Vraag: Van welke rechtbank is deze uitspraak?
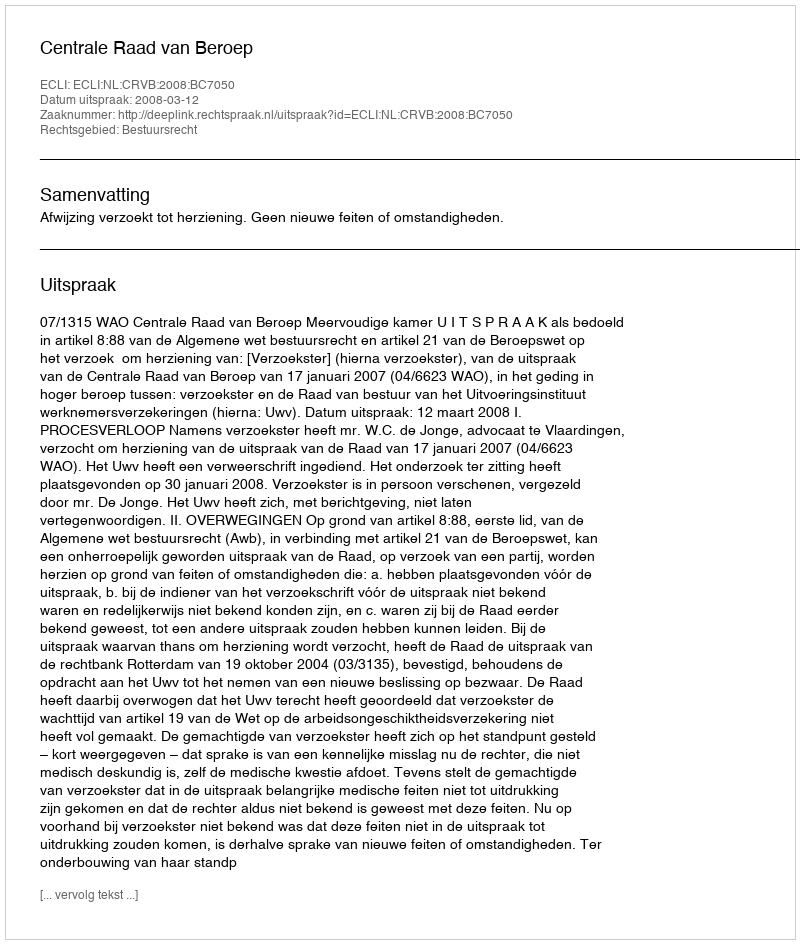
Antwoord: Centrale Raad van Beroep